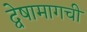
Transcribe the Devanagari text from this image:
द्वेषामागची